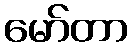
မော်တာ